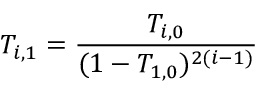
T _ { i , 1 } = \frac { T _ { i , 0 } } { ( 1 - T _ { 1 , 0 } ) ^ { 2 ( i - 1 ) } }